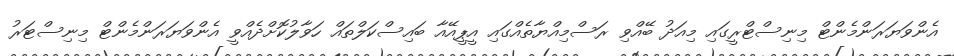
އެންވަޔަރަންމެންޓް މިނިސްޓްރީގައި މިއަދު ބޭއްވި ރަސްމިއްޔާތެއްގައި އީޕީއޭއާ ބައިސްކަލްތައް ހަވާލުކޮށްދެއްވީ އެންވަޔަރަންމެންޓް މިނިސްޓަރު